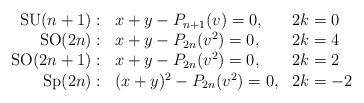
LaTeX: \begin{align*}\begin{array}{rll} {\rm SU}(n+1):& x+y - P_{n+1}(v)=0, & 2k= 0 \\ {\rm SO}(2n): & x+y - P_{2n}(v^2)=0, & 2k=4 \\ {\rm SO}(2n+1):& x+y - P_{2n}(v^2) =0, & 2k=2 \\ {\rm Sp}(2n): & (x+y)^2 - P_{2n}(v^2)=0, & 2k=-2 \\ \end{array}\end{align*}